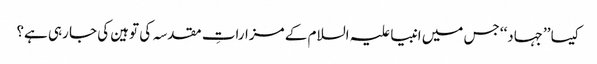
کیسا ’’جہاد‘‘ جس میں انبیا علیہ السلام کے مزاراتِ مقدسہ کی توہین کی جا رہی ہے؟